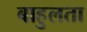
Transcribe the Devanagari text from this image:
बाहुलता